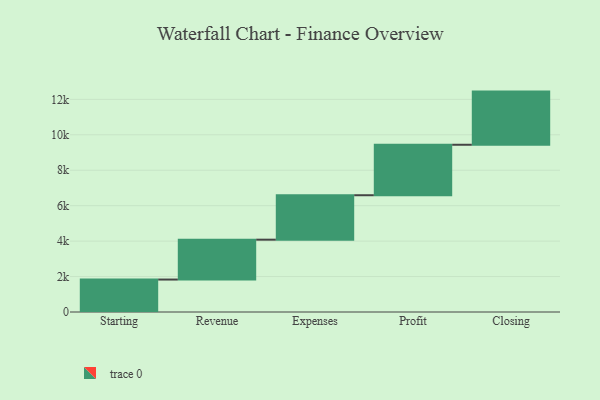
{"axis": {"x": "Step", "y": "Value"}, "legend": [""], "data": [{"x": "Starting", "y": 1831.0, "type": ""}, {"x": "Revenue", "y": 2250.0, "type": ""}, {"x": "Expenses", "y": 2508.0, "type": ""}, {"x": "Profit", "y": 2848.0, "type": ""}, {"x": "Closing", "y": 3000, "type": ""}]}